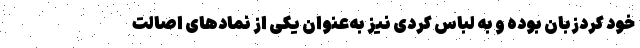
خود کُردزبان بوده و به لباس کردی نیز به‌عنوان یکی از نمادهای اصالت